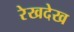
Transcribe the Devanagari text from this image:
रेखदेख